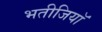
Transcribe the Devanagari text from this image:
भतीजियाॅ